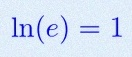
\ln(e)=1